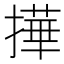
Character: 撶